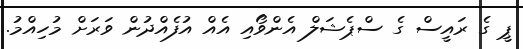
ޕީ ގެ ރައީސް ގެ ސްޕެޝަލް އެންވޯއި އެއް އުފެއްދުން ވަރަށް މުހިއްމު.